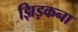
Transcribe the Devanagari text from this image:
झिड़कना